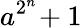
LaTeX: a^{2^{n}}\! +1